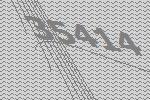
35414